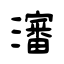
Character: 瀋